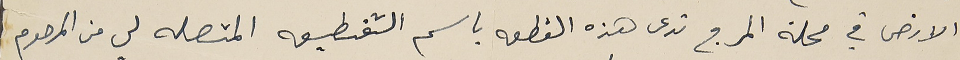
الارض في محلة المرج تدعى هذه القطعه باسم التقطيعه المتصله لي من المرحوم